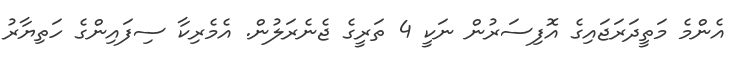
އެންމެ މަތީދަރަޖައިގެ އޮފިސަރުން ނަކީ 4 ތަރީގެ ޖެނެރަލުން. އެމެރިކާ ސިފައިންގެ ހަތިޔާރު